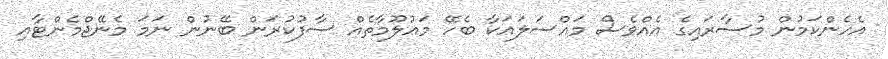
އެހެންކަމުން މުސާރައިގެ އެއްވެސް މަައްސަލައަކާ ބެހޭ މައުލޫމާތެއް ސާފުކުރަން ބޭނުން ނަމަ މެނޭޖްމެންޓާއި